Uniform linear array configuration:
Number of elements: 64
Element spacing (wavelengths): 1
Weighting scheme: hann
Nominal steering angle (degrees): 30
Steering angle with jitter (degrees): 31.236
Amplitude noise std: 0.05
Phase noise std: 0.05

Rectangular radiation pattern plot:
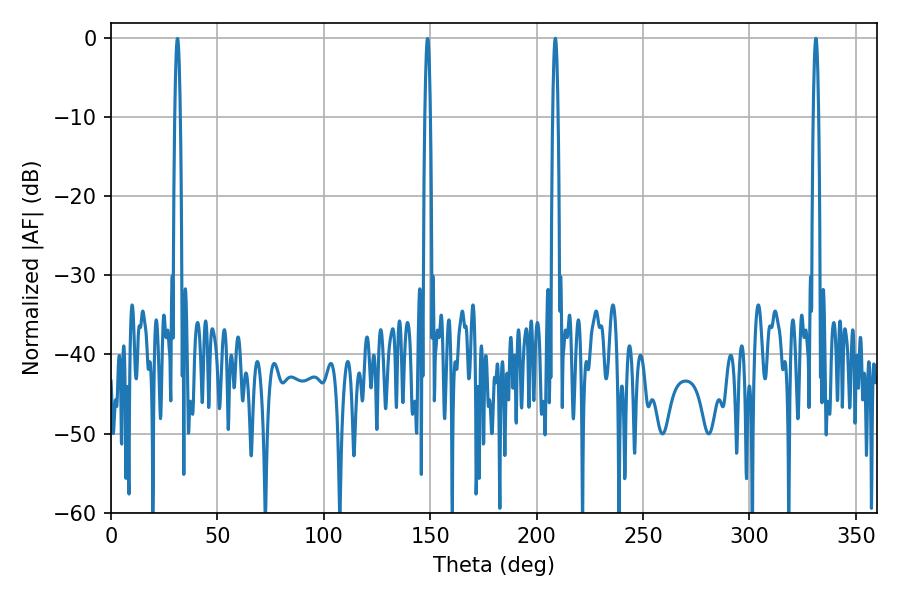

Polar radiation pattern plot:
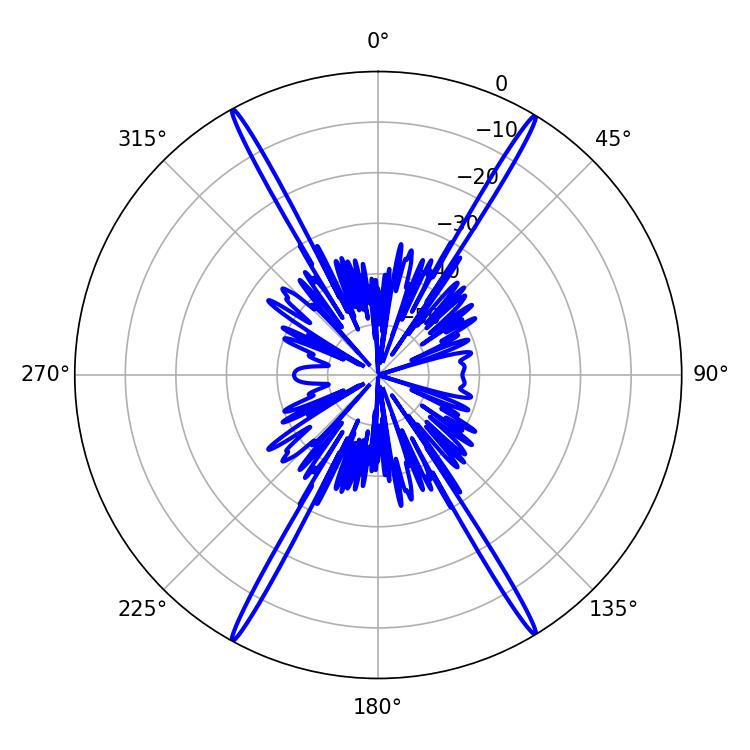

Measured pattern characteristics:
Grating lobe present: TRUE
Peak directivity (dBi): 28.69
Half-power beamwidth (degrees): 1.44
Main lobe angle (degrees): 331.2